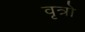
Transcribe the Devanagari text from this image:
वृत्रो